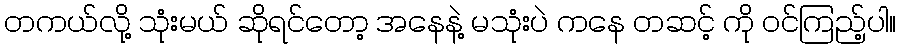
တကယ်လို့ သုံးမယ် ဆိုရင်တော့ အနေနဲ့ မသုံးပဲ ကနေ တဆင့် ကို ဝင်ကြည့်ပါ။